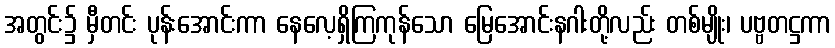
အတွင်း၌ မှီတင်း ပုန်းအောင်းကာ နေလေ့ရှိကြကုန်သော မြေအောင်းနဂါးတို့လည်း တစ်မျိုး၊ ပဗ္ဗတဋ္ဌကာ